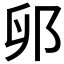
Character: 𫑙